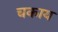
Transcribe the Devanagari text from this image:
चकाय